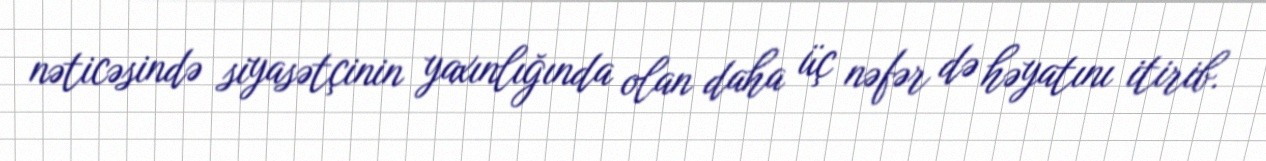
nəticəsində siyasətçinin yaxınlığında olan daha üç nəfər də həyatını itirib.